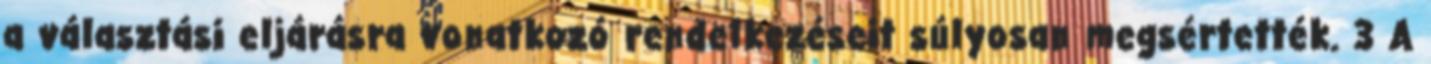
a választási eljárásra vonatkozó rendelkezéseit súlyosan megsértették. 3 A